Lunatic asylums United Provinces 1899-1908 - 1899-1908
Year: 1899
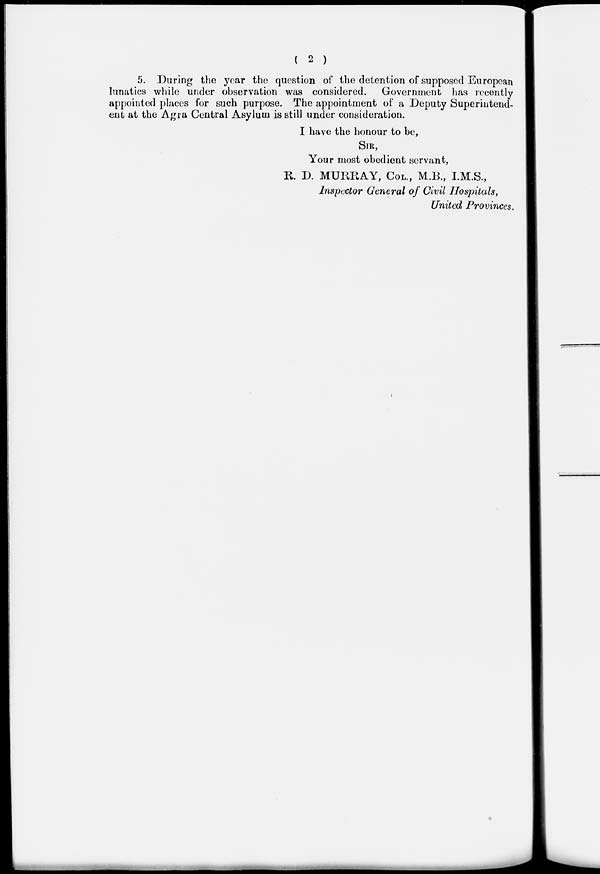
( 2 )
5. During the year the question of the detention of supposed European
lunatics while under observation was considered. Government has recently
appointed places for such purpose. The appointment of a Deputy Superintend-
ent at the Agra Central Asylum is still under consideration.
I have the honour to be,
SIR,
Your most obedient servant,
R. D. MURRAY, COL., M.B., I.M.S.,
Inspector General of Civil Hospitals,
United Provinces.